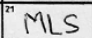
Transcription: MLS